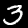
Label: 3